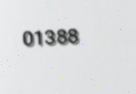
01388